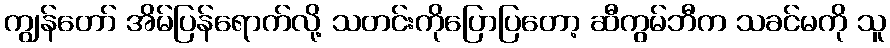
ကျွန်တော် အိမ်ပြန်ရောက်လို့ သတင်းကိုပြောပြတော့ ဆီကွမ်ဘီက သခင်မကို သူ